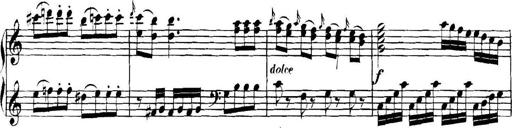
Title: Collected Piano Sonatas
Composer: Muzio Clementi